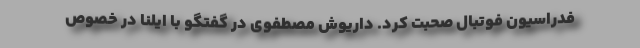
فدراسیون فوتبال صحبت کرد. داریوش مصطفوی در گفتگو با ایلنا در خصوص